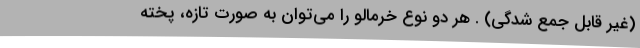
(غیر قابل جمع شدگی) . هر دو نوع خرمالو را می‌توان به صورت تازه، پخته